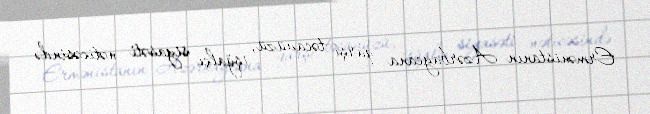
Ermənistanın Azərbaycana qarşı təcavüzü, işğalçı siyasəti nəticəsində